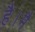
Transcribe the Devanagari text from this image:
है।मै